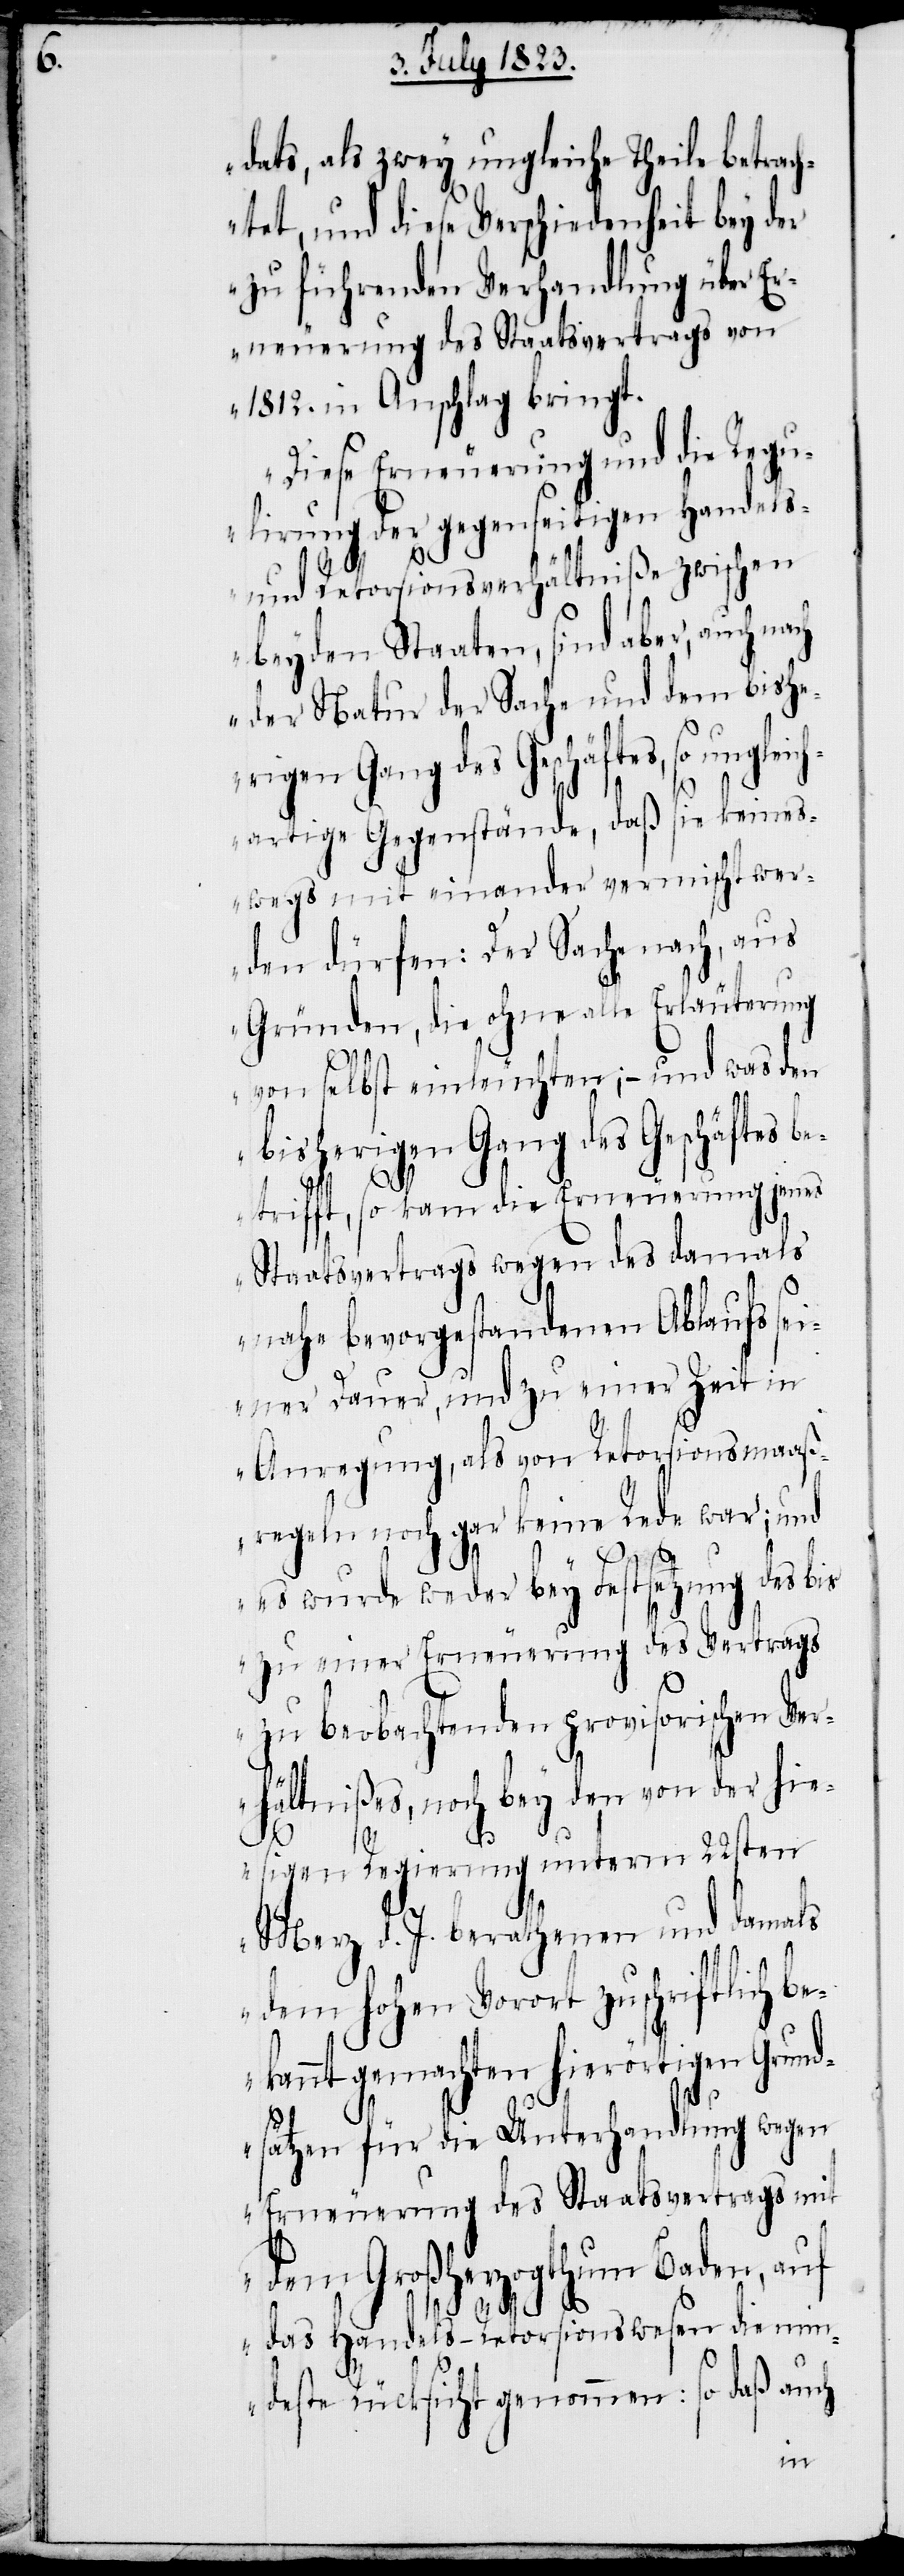
dats, als zwey ungleiche Theile betrach¬
tet, und diese Verschiedenheit bey der
zu führenden Verhandlung über Er¬
neuerung des Staatsvertrags von
1812. in Anschlag bringt.
Diese Erneuerung und die Regu¬
lirung der gegenseitigen Handels-
lei¬
und Retorsionsverhältniße zwischen
beyden Staaten, sind aber, auch
der Natur der Sache und dem bishe¬
rigen Gang des Geschäftes, so ung¬
chartige Gegenstände, daß sie keines¬
wegs mit einander vermischt wer¬
den dürfen: Der Sache nach, aus
Gründen, die ohne alle Erläuterung
von selbst einleuchten; − und was den
bisherigen Gang des Geschäftes
betrifft, so kam die Erneuerung jenes
Staatsvertrags wegen des damals
nahe bevorgestandenen Ablaufs sei¬
ner Dauer, und zu einer Zeit in
Anregung, als von Retorsionsmaaß¬
regeln noch gar keine Rede war; und
es wurde weder bey Festsetzung des bis
zu einer Erneuerung des Vertrags
zu beobachtenden provisorischen Ver¬
hältnißes, noch bey den von der hie¬
sigen Regierung unterm 22sten
Merz d. J. berathenen und damals
dem hohen Vorort zuschriftlich be¬
kannt gemachten hierörtigen Grund¬
sätzen für die Unterhandlung wegen
Erneuerung des Staatsvertrags mit
dem Großherzogthum Baden, auf
das Handels-Retorsionswesen die min¬
deste Rücksicht genommen: so daß auch